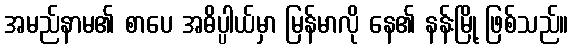
အမည်နာမ၏ စာပေ အဓိပ္ပါယ်မှာ မြန်မာလို နေ၏ နန်းမြို့ ဖြစ်သည်။